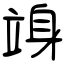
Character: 竧